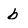
Character: b